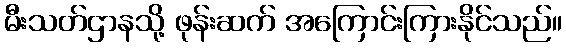
မီးသတ်ဌာနသို့ ဖုန်းဆက် အကြောင်းကြားနိုင်သည်။